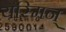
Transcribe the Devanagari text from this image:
यस्मिन्‌